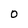
Character: 0